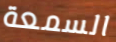
السمعة